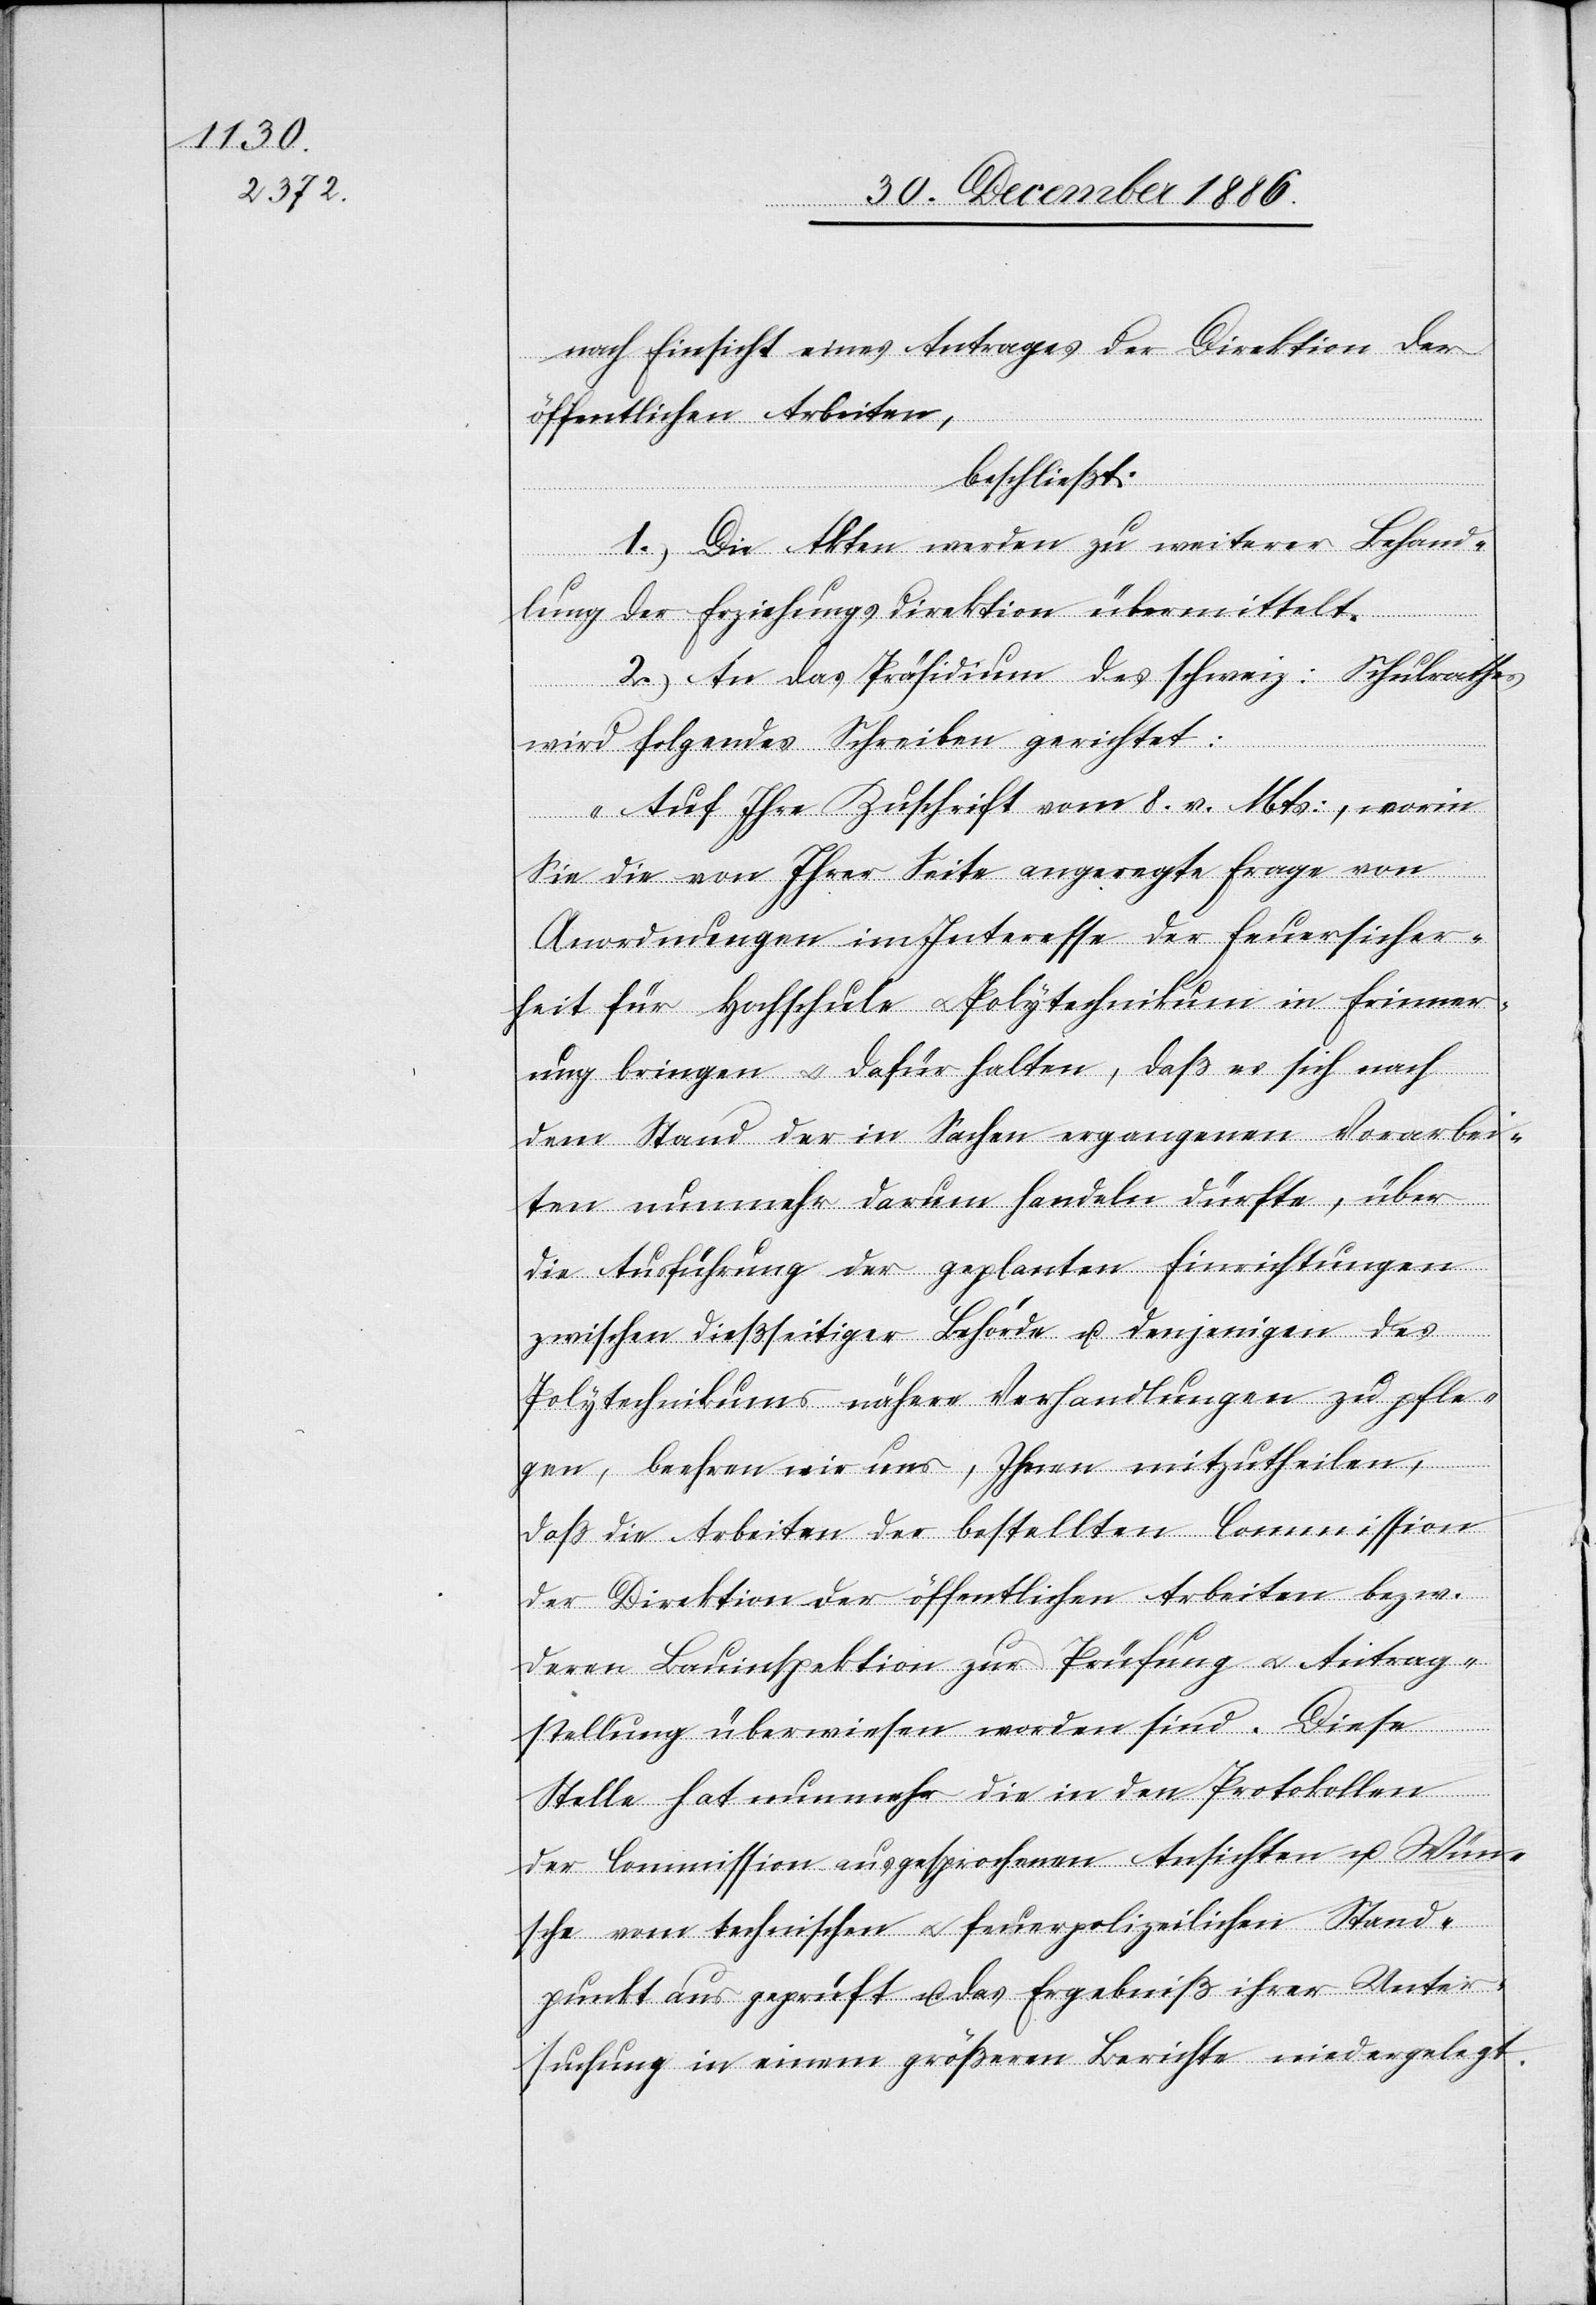
nach Einsicht eines Antrages der Direktion der
öffentlichen Arbeiten,
beschließt:
1.) Die Akten werden zu weiterer Behand¬
lung der Erziehungsdirektion übermittelt.
2.) An das Präsidium des schweiz: Schulrathes
wird folgendes Schreiben gerichtet:
„Auf Ihre Zuschrift vom 8. v. Mts:, worin
Sie die von Ihrer Seite angeregte Frage von
Anordnungen im Interesse der Feuersicher¬
heit für Hochschule & Polytechnikum in Erinner¬
ung bringen & dafür halten, daß es sich nach
dem Stand der in Sachen ergangenen Vorarbei¬
ten nunmehr darum handeln dürfte, über
die Ausführung der geplanten Einrichtungen
zwischen dießseitiger Behörde u. denjenigen des
Polytechnikums nähere Verhandlungen zu pfle¬
gen, beehren wir uns, Ihnen mitzutheilen,
daß die Arbeiten der bestellten Commission
der Direktion der öffentlichen Arbeiten bezw.
deren Bauinspektion zur Prüfung & Antrag¬
stellung überwiesen worden sind. Diese
Stelle hat nunmehr die in den Protokollen
der Comission ausgesprochenen Ansichten u. Wün¬
sche vom technischen & feuerpolizeilichen Stand¬
punkt aus geprüft u. das Ergebniß ihrer Unter¬
suchung in einem größeren Berichte niedergelegt.